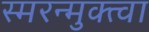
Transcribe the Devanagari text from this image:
स्मरन्मुक्त्वा